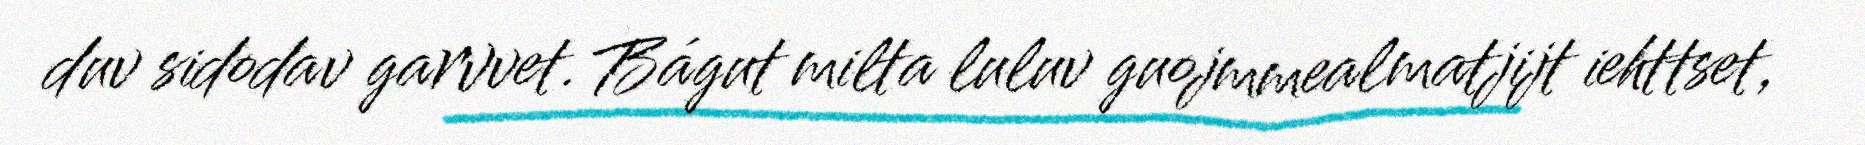
duv sidodav garvvet. Bágut milta luluv guojmmealmatjijt iehttset,